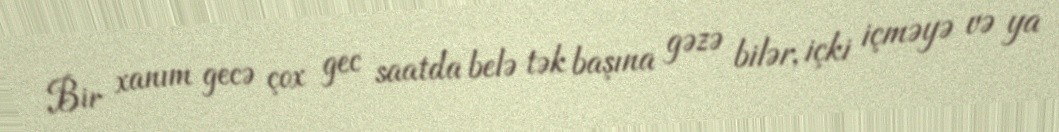
Bir xanım gecə çox gec saatda belə tək başına gəzə bilər, içki içməyə və ya